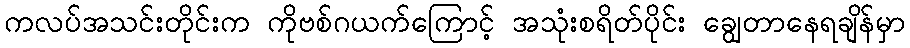
ကလပ်အသင်းတိုင်းက ကိုဗစ်ဂယက်ကြောင့် အသုံးစရိတ်ပိုင်း ချွေတာနေရချိန်မှာ